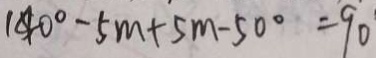
1 4 0 ^ { \circ } - 5 m + 5 m - 5 0 ^ { \circ } = 9 0